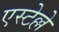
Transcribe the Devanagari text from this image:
एस्टेल्ले